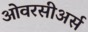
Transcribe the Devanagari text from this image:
ओवरसीअर्स